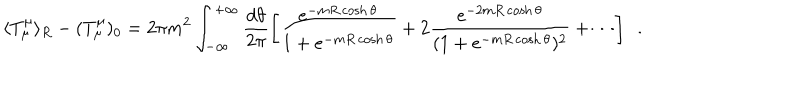
\langle T _ { \mu } ^ { \mu } \rangle _ { R } - ( T _ { \mu } ^ { \mu } ) _ { 0 } = 2 \pi m ^ { 2 } \int _ { - \infty } ^ { + \infty } \frac { d \theta } { 2 \pi } \left[ \frac { e ^ { - m R \cosh \theta } } { 1 + e ^ { - m R \cosh \theta } } + 2 \frac { e ^ { - 2 m R \cosh \theta } } { ( 1 + e ^ { - m R \cosh \theta } ) ^ { 2 } } + \cdots \right] \, \, \, .